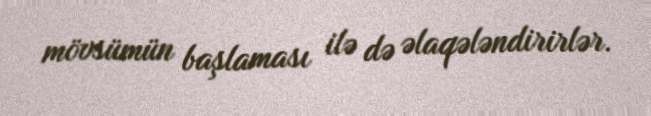
mövsümün başlaması ilə də əlaqələndirirlər.